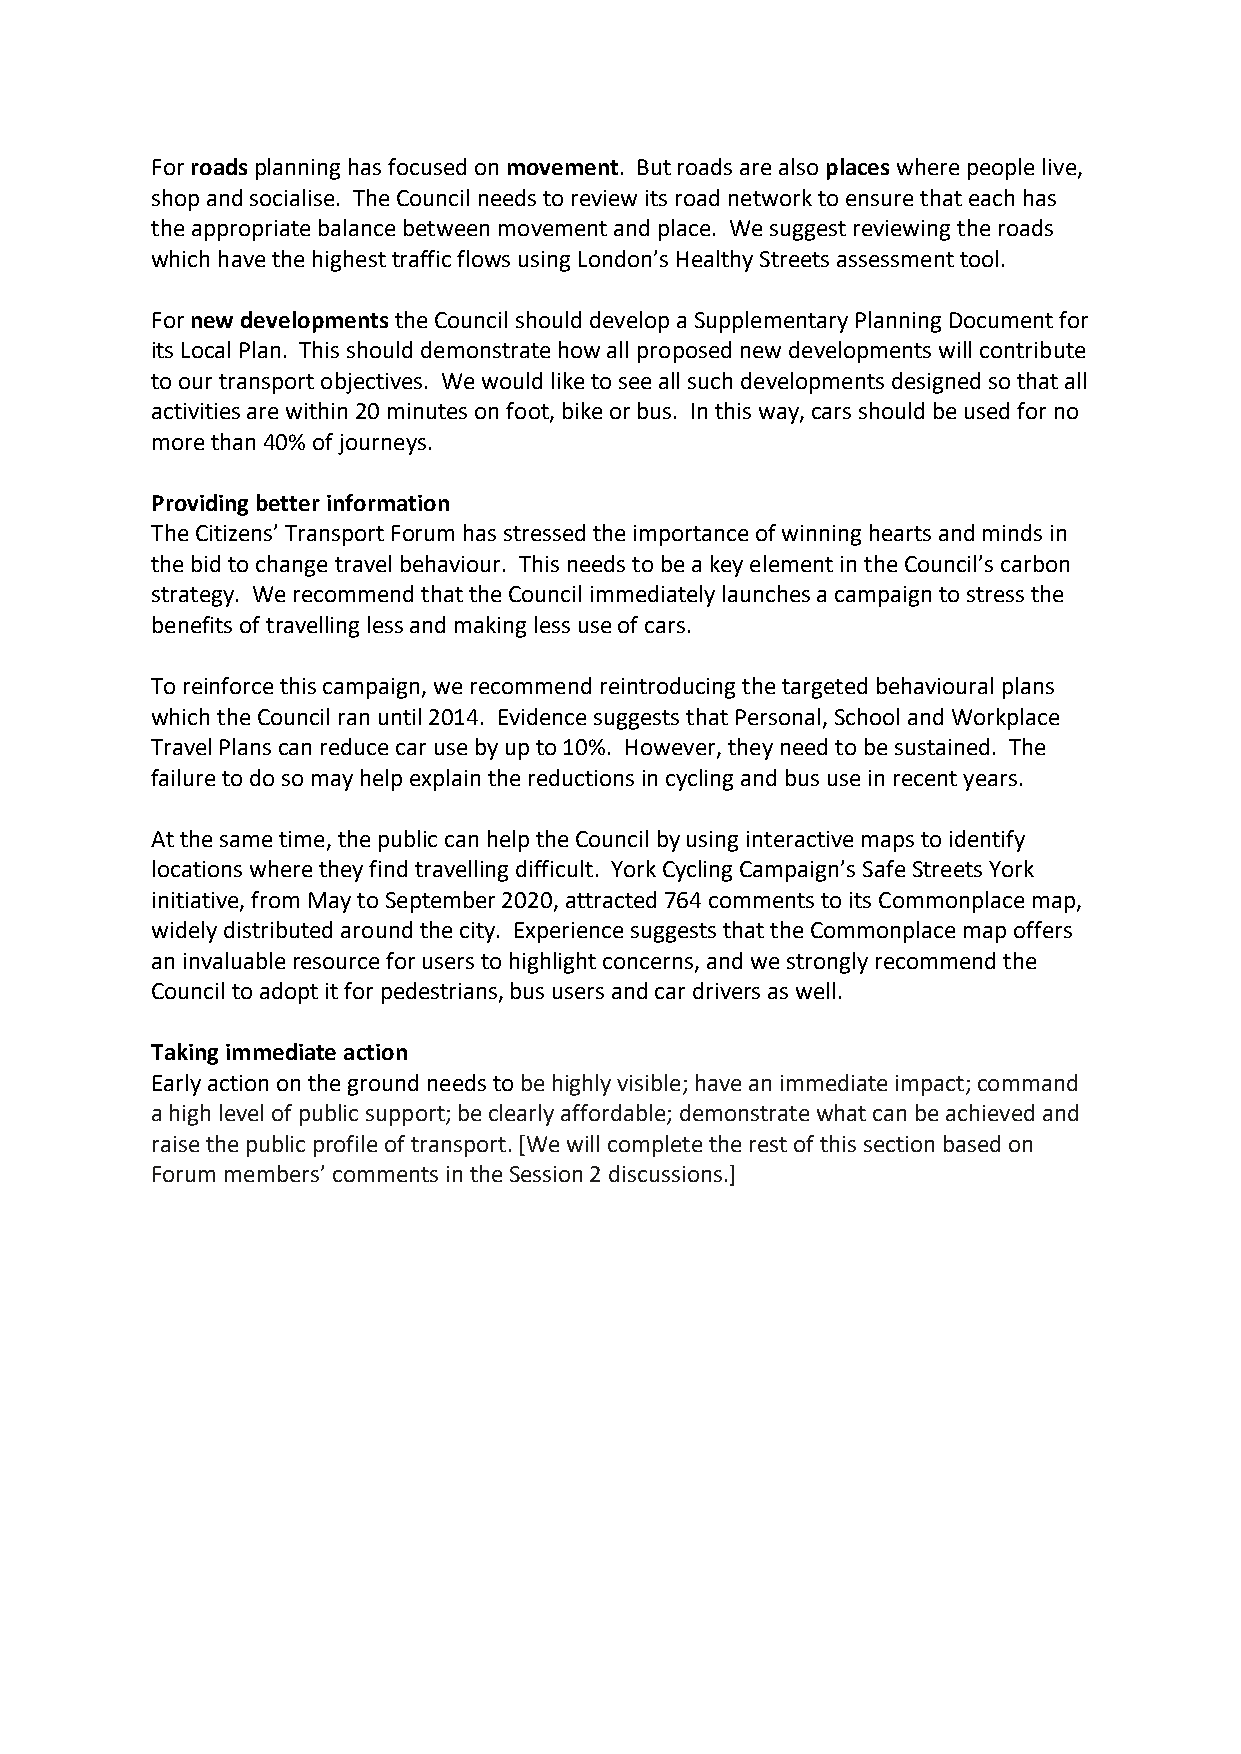
For roads planning has focused on movement. But roads are also places where people live,
 shop and socialise. The Council needs to review its road network to ensure that each has
 the appropriate balance between movement and place. We suggest reviewing the roads
 which have the highest traffic flows using London’s Healthy Streets assessment tool.
 For new developments the Council should develop a Supplementary Planning Document for
 its Local Plan. This should demonstrate how all proposed new developments will contribute
 to our transport objectives. We would like to see all such developments designed so that all
 activities are within 20 minutes on foot, bike or bus. In this way, cars should be used for no
 more than 40% of journeys.
 Providing better information
 The Citizens’ Transport Forum has stressed the importance of winning hearts and minds in
 the bid to change travel behaviour. This needs to be a key element in the Council’s carbon
 strategy. We recommend that the Council immediately launches a campaign to stress the
 benefits of travelling less and making less use of cars.
 To reinforce this campaign, we recommend reintroducing the targeted behavioural plans
 which the Council ran until 2014. Evidence suggests that Personal, School and Workplace
 Travel Plans can reduce car use by up to 10%. However, they need to be sustained. The
 failure to do so may help explain the reductions in cycling and bus use in recent years.
 At the same time, the public can help the Council by using interactive maps to identify
 locations where they find travelling difficult. York Cycling Campaign’s Safe Streets York
 initiative, from May to September 2020, attracted 764 comments to its Commonplace map,
 widely distributed around the city. Experience suggests that the Commonplace map offers
 an invaluable resource for users to highlight concerns, and we strongly recommend the
 Council to adopt it for pedestrians, bus users and car drivers as well.
 Taking immediate action
 Early action on the ground needs to be highly visible; have an immediate impact; command
 a high level of public support; be clearly affordable; demonstrate what can be achieved and
 raise the public profile of transport. [We will complete the rest of this section based on
 Forum members’ comments in the Session 2 discussions.]